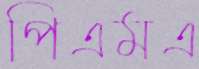
পিএমএ